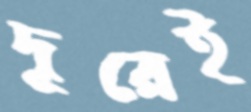
দূরেই